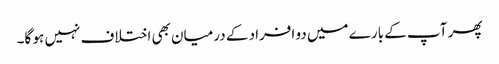
پھر آپ کے بارے میں دو افراد کے درمیان بھی اختلاف نہیں ہو گا۔